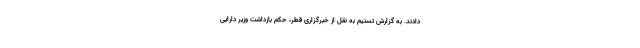
دادند. به گزارش تسنیم به نقل از خبرگزاری قطر، حکم بازداشت وزیر دارایی